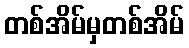
တစ်အိမ်မှတစ်အိမ်